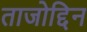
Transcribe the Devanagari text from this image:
ताजोद्दिन